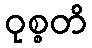
ဝုစ္စတိ